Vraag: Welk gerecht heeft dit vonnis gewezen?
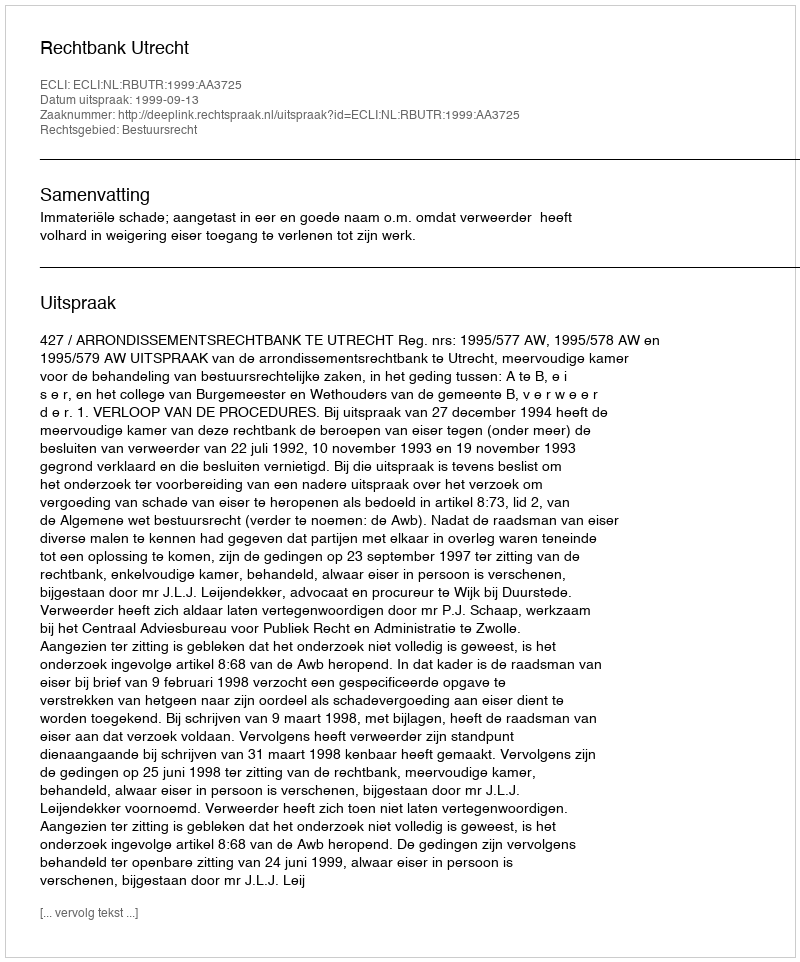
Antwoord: Rechtbank Utrecht